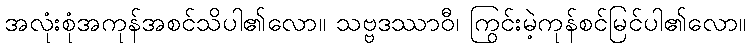
အလုံးစုံအကုန်အစင်သိပါ၏လော။ သဗ္ဗဒဿာဝီ၊ ကြွင်းမဲ့ကုန်စင်မြင်ပါ၏လော။